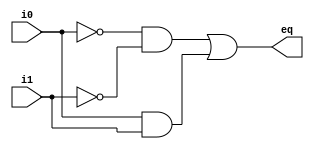
// Listing 7.4
module eq1_non_block
  (
  input wire i0, i1,
  output reg eq
  );

  reg p0, p1;

  always @(i0,i1,p0,p1) // p0, p1 also in sensitivity list
  // the order of statements is not important
  begin               // p0$_{entry}$ = p0; p1$_{entry}$ =  p1;
     p0 <= ~i0 & ~i1; // p0$_{exit}$ = ~i0 \& ~i1;
     p1 <= i0 & i1;   // p1$_{exit}$ = i0 \& i1
     eq <= p0 | p1;   // eq$_{exit}$ = p0$_{entry}$ | p1$_{entry}$
  end                 // eq = eq$_{exit}$; p0 = p0$_{exit}$; p1 = p1$_{exit}$;

endmodule